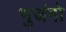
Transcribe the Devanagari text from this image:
भुजंगो